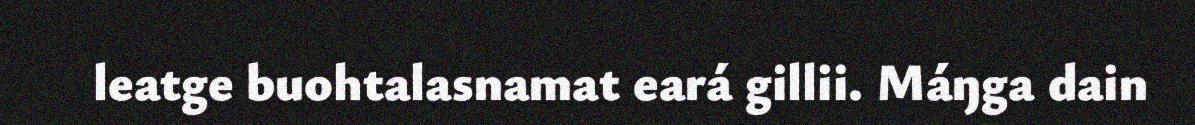
leatge buohtalasnamat eará gillii. Máŋga dain